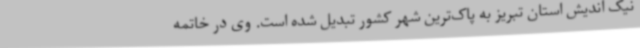
نیک اندیش استان تبریز به پاک‌ترین شهر کشور تبدیل شده است. وی در خاتمه